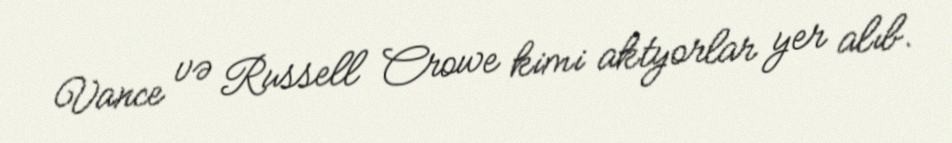
Vance və Russell Crowe kimi aktyorlar yer alıb.